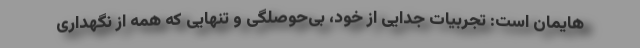
هایمان است: تجربیات جدایی از خود، بی‌حوصلگی و تنهایی که همه از نگهداری